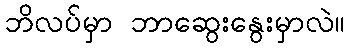
ဘိလပ်မှာ ဘာဆွေးနွေးမှာလဲ။